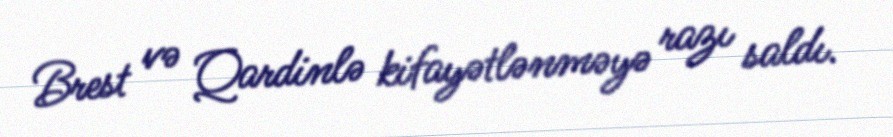
Brest və Qardinlə kifayətlənməyə razı saldı.